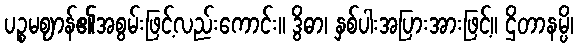
ပဉ္စမဈာန်၏အစွမ်းဖြင့်လည်းကောင်း။ ဒွိဓာ၊ နှစ်ပါးအပြားအားဖြင့်။ ဌိတာနမ္ပိ၊